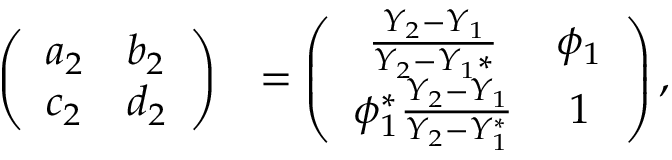
\begin{array} { r l } { \left( \begin{array} { l l } { a _ { 2 } } & { b _ { 2 } } \\ { c _ { 2 } } & { d _ { 2 } } \end{array} \right) } & { = \left( \begin{array} { c c } { \frac { Y _ { 2 } - Y _ { 1 } } { Y _ { 2 } - Y _ { 1 } * } } & { \phi _ { 1 } } \\ { \phi _ { 1 } ^ { * } \frac { Y _ { 2 } - Y _ { 1 } } { Y _ { 2 } - Y _ { 1 } ^ { * } } } & { 1 } \end{array} \right) , } \end{array}